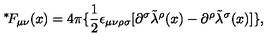
\mathrm { \mathrm { } ^ * \! } F _ { \mu \nu } ( x ) = 4 \pi \{ \mathrm { \small \frac { 1 } { 2 } } \epsilon _ { \mu \nu \rho \sigma } [ \partial ^ { \sigma } { \tilde { \lambda } } ^ { \rho } ( x ) - \partial ^ { \rho } { \tilde { \lambda } } ^ { \sigma } ( x ) ] \} ,